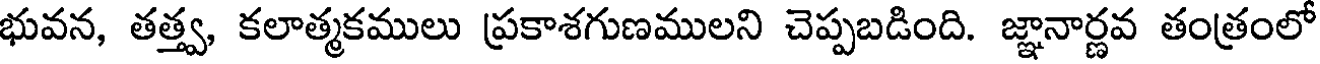
భువన, తత్త్వ, కలాత్మకములు ప్రకాశగుణములని చెప్పబడింది. జ్ఞానార్ణవ తంత్రంలో